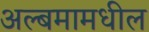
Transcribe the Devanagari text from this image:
अल्बमामधील